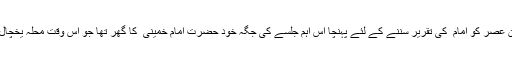
میں بھی اسی دن عصر کو امام ؒ کی تقریر سننے کے لئے پہنچا اس اہم جلسے کی جگہ خود حضرت امام خمینی ؒ کا گھر تھا جو اس وقت محلہ یخچال قاضی میں تھا۔